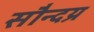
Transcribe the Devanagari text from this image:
सौन्दय्र